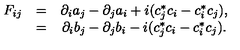
\begin{array} { c c c } { F _ { i j } } & { = } & { \partial _ { i } a _ { j } - \partial _ { j } a _ { i } + i ( c _ { j } ^ { * } c _ { i } - c _ { i } ^ { * } c _ { j } ) , } \\ { } & { = } & { \partial _ { i } b _ { j } - \partial _ { j } b _ { i } - i ( c _ { j } ^ { * } c _ { i } - c _ { i } ^ { * } c _ { j } ) . } \\ \end{array}